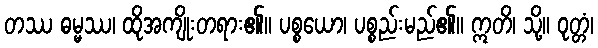
တဿ ဓမ္မဿ၊ ထိုအကျိုးတရား၏။ ပစ္စယော၊ ပစ္စည်းမည်၏။ ဣတိ၊ သို့။ ဝုတ္တံ၊